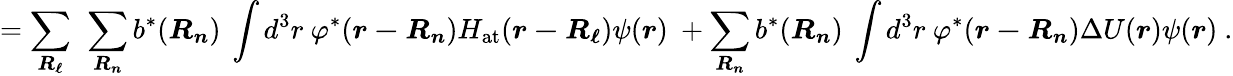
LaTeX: =\sum_{\boldsymbol{R_{\ell}}}\ \sum_{\boldsymbol{R_{n}}}b^{*}({\boldsymbol{R_{n}}})\ \int d^{3}r\ \varphi^{*}({\boldsymbol{r-R_{n}}})H_{\mathrm{at}}({\boldsymbol{r-R_{\ell}}})\psi({\boldsymbol{r}})\ +\sum_{\boldsymbol{R_{n}}}b^{*}({\boldsymbol{R_{n}}})\ \int d^{3}r\ \varphi^{*}({\boldsymbol{r-R_{n}}})\Delta U({\boldsymbol{r}})\psi({\boldsymbol{r}})\ .